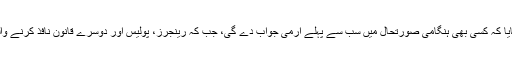
سی سی پی او نے پلان سے متعلق بتایا کہ کسی بھی ہنگامی صورتحال میں سب سے پہلے آرمی جواب دے گی، جب کہ رینجرز، پولیس اور دوسرے قانون نافذ کرنے والے ادارے فوج کی پیروی کریں گے۔